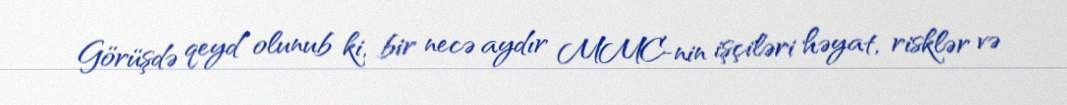
Görüşdə qeyd olunub ki, bir necə aydır MMC-nin işçiləri həyat, risklər və